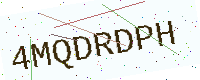
Text: 4MQDRDPH